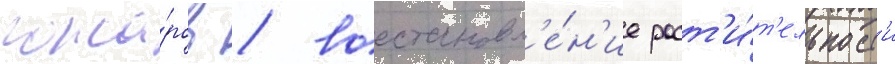
пожа́ров / восстановл'е́н'ие раст'и́т'ельност'и